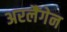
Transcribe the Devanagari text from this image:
अरलैंगेन